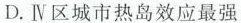
D.Ⅳ区城市热岛效应最强